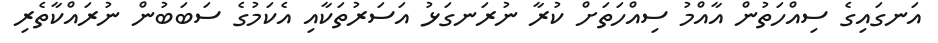
އަނގައިގެ ސިއްހަތުން އާއްމު ސިއްހަތަށް ކުރާ ނުރަނގަޅު އަސަރުތަކާއި އެކަމުގެ ސަބަބުން ނުރައްކާތެރި